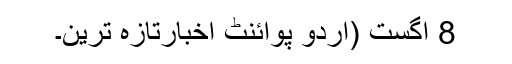
8 اگست (اُردو پوائنٹ اخبارتازہ ترین۔